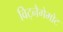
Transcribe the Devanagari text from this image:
विट्नैगेमोट